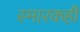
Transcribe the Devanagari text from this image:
स्मारकही